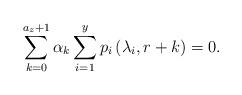
LaTeX: \begin{align*}\sum_{k=0}^{a_z+1}\alpha_k\sum_{i=1}^y p_i\left(\lambda_i,r+k\right)=0.\end{align*}